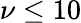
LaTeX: \nu\leq 10